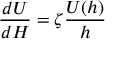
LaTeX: \ { \frac { d U } { d H } } = \zeta { \frac { U ( h ) } { h } }